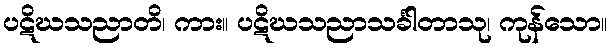
ပဋိဃသညာတိ၊ ကား။ ပဋိဃသညာသင်္ခါတာသု၊ ကုန်သော။